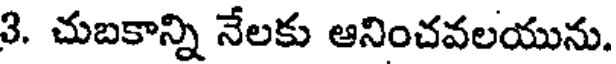
3. చుబకాన్ని నేలకు ఆనించవలయును.